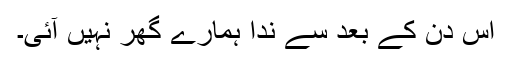
اس دن کے بعد سے ندا ہمارے گھر نہیں آئی۔